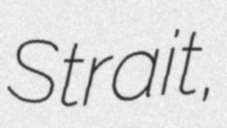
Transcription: Strait,